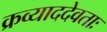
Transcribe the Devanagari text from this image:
क्रव्याददेवताः